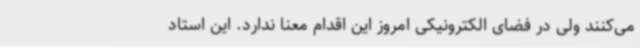
می‌کنند ولی در فضای الکترونیکی امروز این اقدام معنا ندارد. این استاد